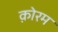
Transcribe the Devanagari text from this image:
क़ोरम